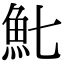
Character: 𩵐